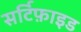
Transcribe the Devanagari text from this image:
सर्टिफ़ाइड